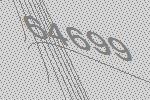
64699